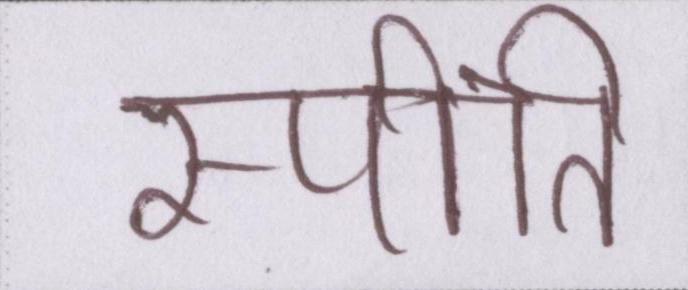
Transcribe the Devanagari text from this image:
स्पीति